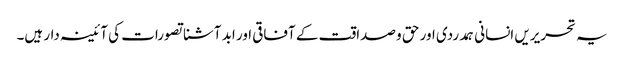
یہ تحریریں انسانی ہمدردی اور حق و صداقت کے آفاقی اور ابد آشنا تصورات کی آئینہ دار ہیں۔